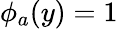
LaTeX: \phi_{a}(y)=1